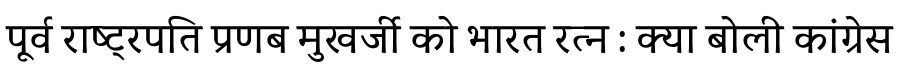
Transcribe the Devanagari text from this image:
पूर्व राष्ट्रपति प्रणब मुखर्जी को भारत रत्न : क्या बोली कांग्रेस